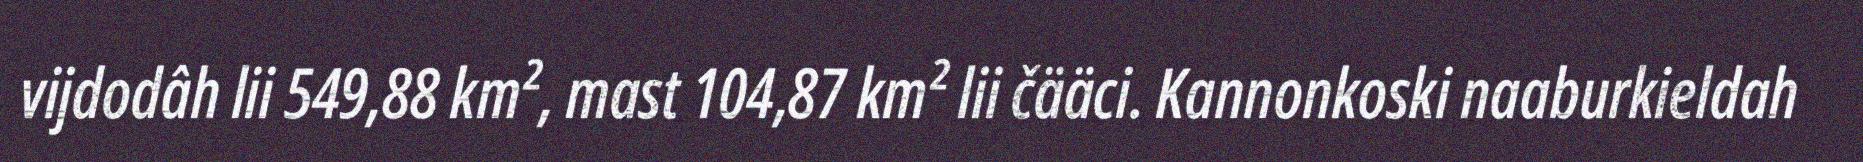
vijdodâh lii 549,88 km², mast 104,87 km² lii čääci. Kannonkoski naaburkieldah